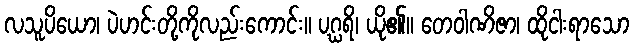
လသူပိယော၊ ပဲဟင်းတို့ကိုလည်းကောင်း။ ပဂ္ဃရိ၊ ယို၏။ တေဝါဏိဇာ၊ ထိုငါးရာသော